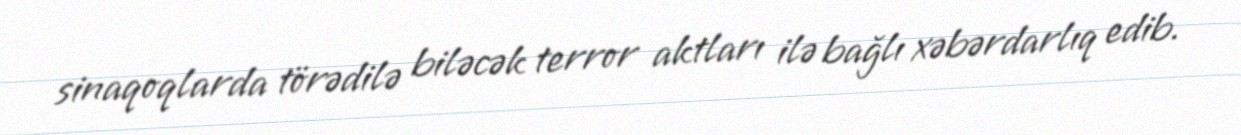
sinaqoqlarda törədilə biləcək terror aktları ilə bağlı xəbərdarlıq edib.